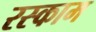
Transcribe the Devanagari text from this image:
रस्काम